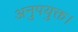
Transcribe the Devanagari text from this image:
अनुपयुक्त।